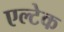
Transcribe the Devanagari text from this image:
एल्टेक